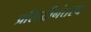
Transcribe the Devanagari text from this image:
प्रसिद्धीनंतरच